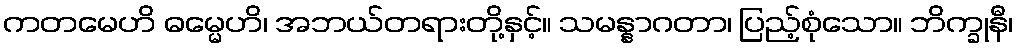
ကတမေဟိ ဓမ္မေဟိ၊ အဘယ်တရားတို့နှင့်။ သမန္နာဂတာ၊ ပြည့်စုံသော။ ဘိက္ခုနီ၊